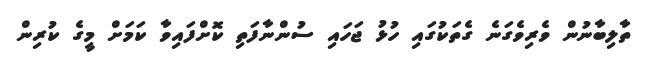
ތާލިބާނުން ވެރިވެގަނެ ގެތަކުގައި ހުޅު ޖަހައި ސުންނާފަތި ކޮށްފައިވާ ކަމަށް މީގެ ކުރިން